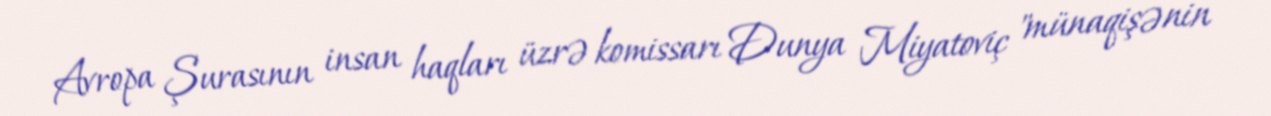
Avropa Şurasının insan haqları üzrə komissarı Dunya Miyatoviç "münaqişənin